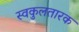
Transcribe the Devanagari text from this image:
स्वकुलतारक